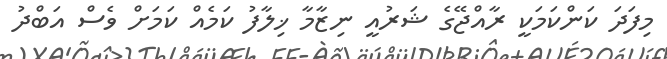
މިފަދަ ކަންކަމަކީ ރާއްޖޭގެ ޝަރުއީ ނިޒާމާ ޚިލާފު ކަމެއް ކަމަށް ވެސް އަބްދު